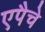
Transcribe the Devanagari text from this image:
एपैचे